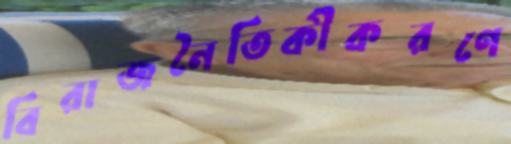
বিরাজনৈতিকীকরণে